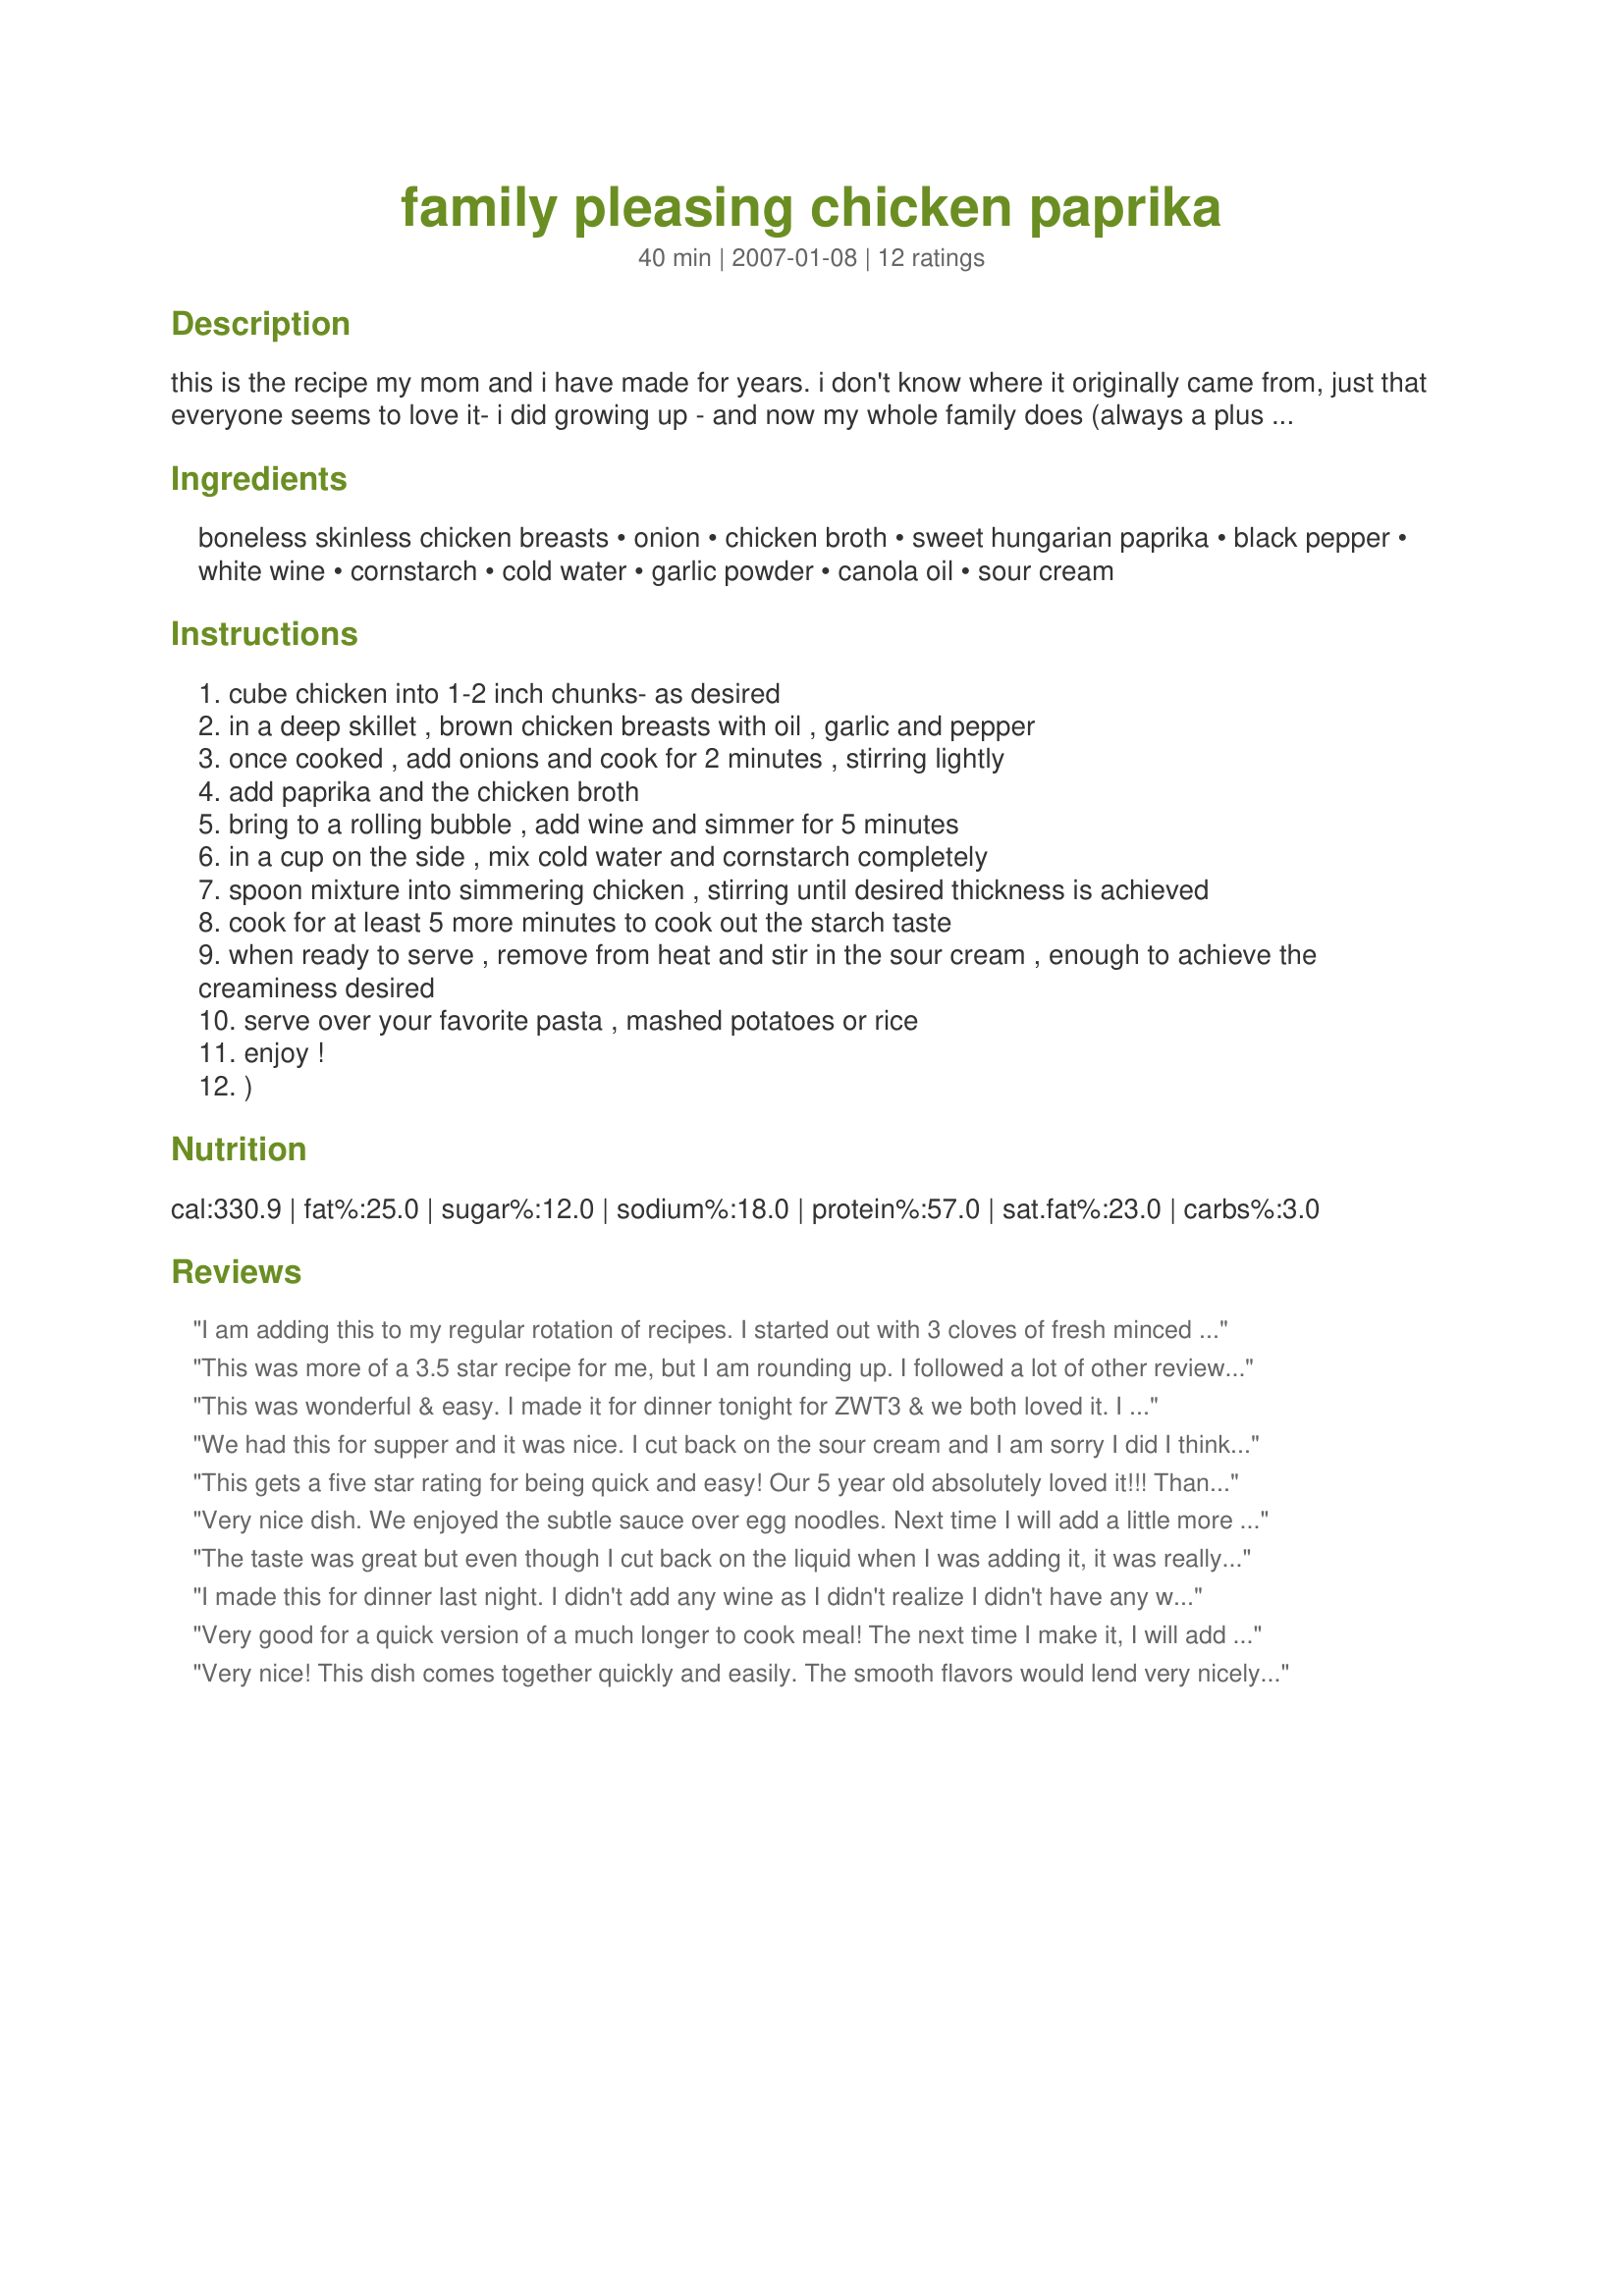
family pleasing chicken paprika
Preparation time: 40 minutes

this is the recipe my mom and i have made for years. i don't know where it originally came from, just that everyone seems to love it- i did growing up - and now my whole family does (always a plus to find a quick meal that my kids like that my hubby and i can enjoy eating too!!) easy to round out with a green salad or veggie and roll or bread on the side. i have made this in a pinch for friends and they always rave thinking it took more time than it did to prepare. ;) mushrooms are a great addition, simply add them in when adding the onions. i also like to stir in sautéed asparagus sometimes or frozen peas. ;)

Ingredients:
boneless skinless chicken breasts, onion, chicken broth, sweet hungarian paprika, black pepper, white wine, cornstarch, cold water, garlic powder, canola oil, sour cream

Steps:
cube chicken into 1-2 inch chunks- as desired
in a deep skillet , brown chicken breasts with oil , garlic and pepper
once cooked , add onions and cook for 2 minutes , stirring lightly
add paprika and the chicken broth
bring to a rolling bubble , add wine and simmer for 5 minutes
in a cup on the side , mix cold water and cornstarch completely
spoon mixture into simmering chicken , stirring until desired thickness is achieved
cook for at least 5 more minutes to cook out the starch taste
when ready to serve , remove from heat and stir in the sour cream , enough to achieve the creaminess desired
serve over your favorite pasta , mashed potatoes or rice
enjoy !
)

Reviews:
I am adding this to my regular rotation of recipes. I started out with 3 cloves of fresh minced garlic (instead of power) sauteed in the pan and then put the chicken in. I then added vegetable broth and creme fraiche instead of sour cream. I added 8 oz instead of the half cup becuase I also like it a little more creamy. My husband loved it and asked when we could have it again!
This was more of a 3.5 star recipe for me, but I am rounding up. I followed a lot of other reviewers suggestions -- nonfat sour cream, decreased the broth by one third, doubled the cornstarch, and added mushrooms, peas, oregano, and a touch of cayenne. All of these additions worked out really well. Thanks, Mommy Diva!
This was wonderful & easy. I made it for dinner tonight for ZWT3 & we both loved it. I made pretty much as per the recipe, except I used smokey paprika, doubled the cornstarch & added a little oregano (thanks mama's kitchen for the suggestions). I served it over mashed potatoes & had steamed vegies on the side. This will be one of our regular dishes. Thanks Mommy Diva for sharing this lovely recipe.
We had this for supper and it was nice. I cut back on the sour cream and I am sorry I did I think that made a difference.I prefer it to be more creamy.
Thank you.
This gets a five star rating for being quick and easy! Our 5 year old absolutely loved it!!! Thanks Mommy Diva for a wonderful dinner!
Very nice dish. We enjoyed the subtle sauce over egg noodles. Next time I will add a little more sour cream and some mushrooms. Thanks Mommy. Made for ZWT3.
The taste was great but even though I cut back on the liquid when I was adding it, it was really too soupy. I did have to double it since I was cooking for 8 so maybe that had something to do with it. The flavor makes it worth trying again! Thanks MD!!
I made this for dinner last night. I didn't add any wine as I didn't realize I didn't have any white at home once I started cooking, I do think that would make it even better though :) I added sliced mushrooms and frozen green peas to it which was awesome. I didn't add the sour cream to the sauce but served it as a dollop on the top due to my DH being picky about sour cream in sauces although he did eat his with sour cream surprisingly :) This is a great quick meal!
Very good for a quick version of a much longer to cook meal! The next time I make it, I will add more cornstarch, because the gravy didn't get as thick as I wanted...and when I added the sour cream it thinned even more...which I thought was peculiar...and I added it after it was removed and no bubbling at all. The flavor pleased all of us, including a picky 6 and 3 year old. With a touch of adjusting to suit our personal tastes, this will be a real hit in our family. Next time I also think I'll take your suggestion and add in mushrooms!
Thanks Mommy Diva! Made for ZWT3.
Very nice! This dish comes together quickly and easily. The smooth flavors would lend very nicely to a wide variety of additions. This is wonderful when it comes to a busy weeknight since you are making the same dish you made last week but this time you added xxxx so it isnt the same old same old. You are your mom did a wonderful job with this one and I am sure busy chefs will be thanking you for quite some time. I followed this recipe to a T this time and served it with pasta. I think we would prefer it with egg noodles or potatoes over the penne I used but live and learn. Another thing that makes this dish so versatile! One time rice, next time potatoes...etc... Next time I will try some smoky paprika and a touch of hot paprika or some cayenne for a bite. Some herbs might be great in here as this dish is subtle and mild in flavor. I did have a difficult time getting the sauce as thick as I wanted it- I prefer a thicker sauce with penne- but the consistancy was perfect for any other starch listed already. Also, be prepared that the sour cream with thin the sauce a touch. Very nice dish Diva!
A quick and tasty rendition of a classic. Mine was a reduced fat version made with nonfat sour cream and cooking spray instead of oil.
like another poster, I found the sauce to be a bit thin and next time would reduce it a bit more before adding the flour slurry. I did not have mushrooms, they would have worked quite well here. Served this with whole wheat noodles and steamed green beans for a great comfort meal.
This was very good. I added mushrooms, and served over rice. I added a bit more paprika than called for, which made the sauce a bit richer as well as darker red. I think this would also be good with smoked paprika, I may have to try that next time.
